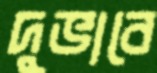
দুভাবে